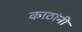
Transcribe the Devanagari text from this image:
काठांनी